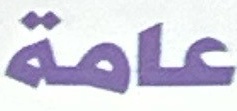
عامة